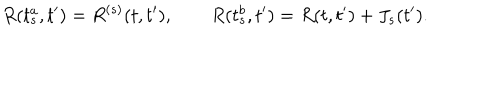
LaTeX: R ( t _ { s } ^ { a } , t ^ { \prime } ) = R ^ { ( s ) } ( t , t ^ { \prime } ) , \qquad R ( t _ { s } ^ { b } , t ^ { \prime } ) = R ( t , t ^ { \prime } ) + J _ { s } ( t ^ { \prime } ) .